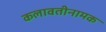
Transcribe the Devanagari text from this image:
कलावतीनामक